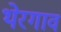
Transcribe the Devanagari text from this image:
थेरगाव